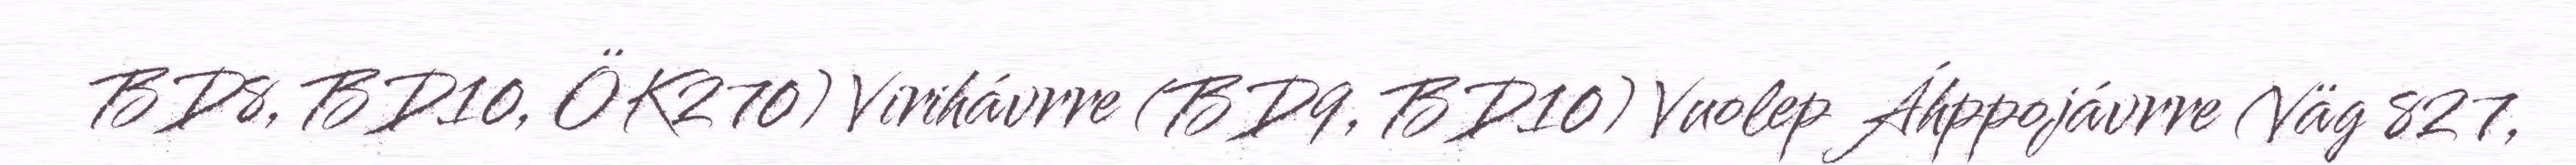
BD8, BD10, ÖK270) Virihávrre (BD9, BD10) Vuolep Áhppojávrre (Väg 827,